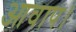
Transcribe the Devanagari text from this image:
आवाप।